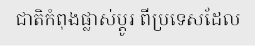
ជាតិកំពុងផ្លាស់ប្តូរ ពីប្រទេសដែល